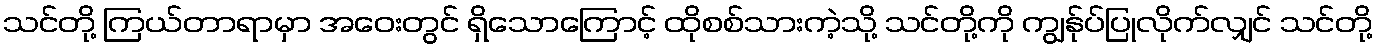
သင်တို့ ကြယ်တာရာမှာ အဝေးတွင် ရှိသောကြောင့် ထိုစစ်သားကဲ့သို့ သင်တို့ကို ကျွန်ုပ်ပြုလိုက်လျှင် သင်တို့